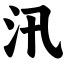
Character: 汛